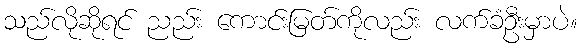
သည်လိုဆိုရင် ညည်း ကောင်းမြတ်ကိုလည်း လက်ခံဦးမှာပဲ။